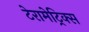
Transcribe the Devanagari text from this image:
टेरामेट्रिक्स